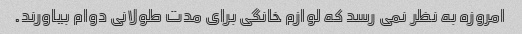
امروزه به نظر نمی رسد که لوازم خانگی برای مدت طولانی دوام بیاورند.